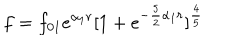
LaTeX: f = f _ { 0 1 } e ^ { \alpha _ { 1 } r } [ 1 + e ^ { - \frac { 5 } { 2 } { \alpha _ { 1 } } r } ] ^ { \frac { 4 } { 5 } }